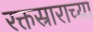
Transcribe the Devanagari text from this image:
रक्तस्राराच्या